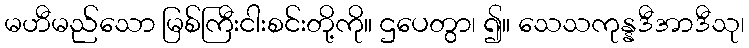
မဟီမည်သော မြစ်ကြီးငါးစင်းတို့ကို။ ဌပေတွာ၊ ၍။ သေသကုန္နဒီအာဒီသု၊